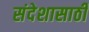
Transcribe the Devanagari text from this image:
संदेशासाठी